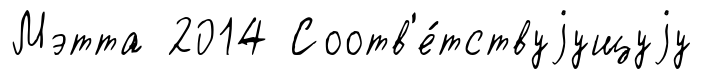
Мэтта 2014 Соотв'е́тствуjущуjу